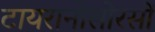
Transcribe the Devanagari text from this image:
टायरानोसोरसों